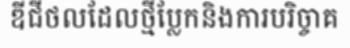
ឌីជីថលដែលថ្មីប្លែកនិងការបរិច្ចាគ